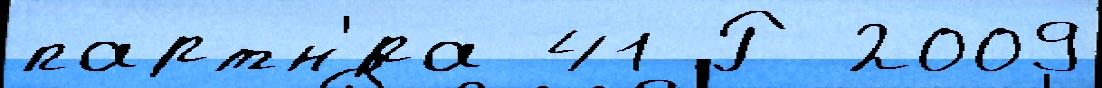
партн'́ра 41 Р 2009